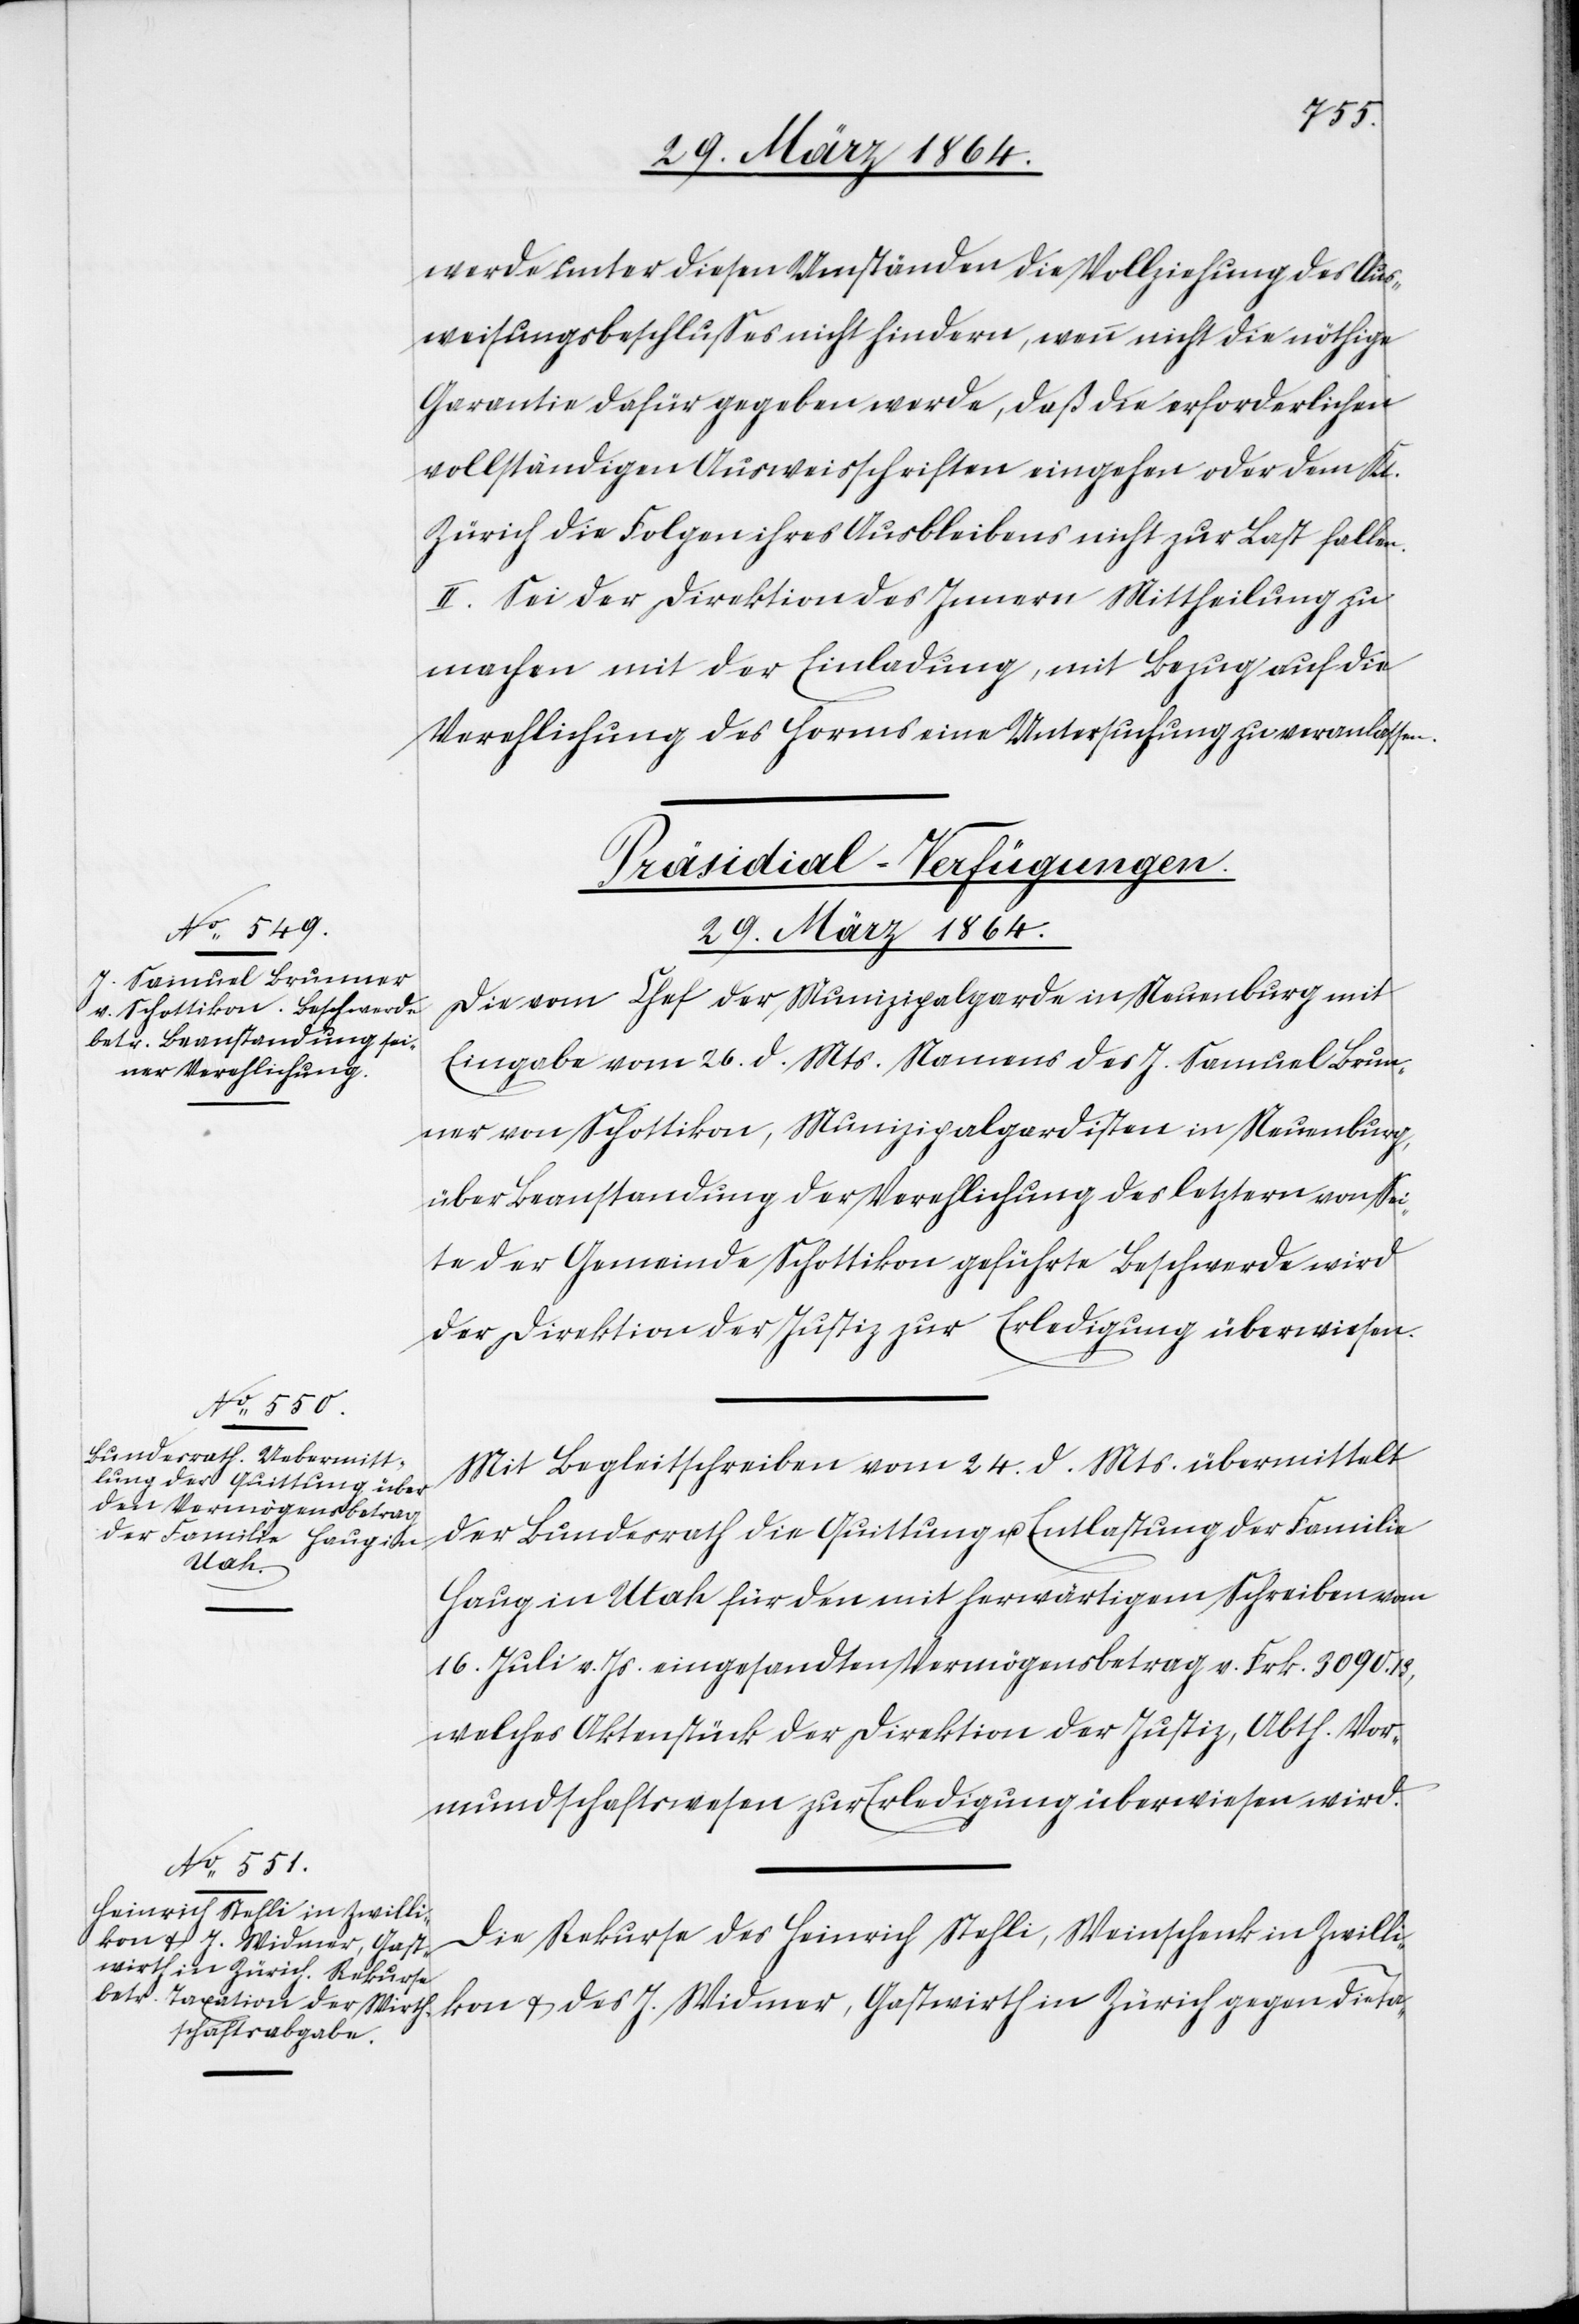
werde unter diesen Umständen die Vollziehung des Aus¬
weisungsbeschlusses nicht hindern, wenn nicht die nöthige
Garantie dafür gegeben werde, daß die erforderlichen
vollständigen Ausweisschriften eingehen oder dem Kt.
Zürich die Folgen ihres Ausbleibens nicht zur Last fallen.
II. Sei der Direktion des Innern Mittheilung zu
machen mit der Einladung, mit Bezug auf die
Verehelichung des Horms eine Untersuchung zu veranlassen.
[Präsidial-Verfügungen.
29. März 1864.]
Die vom Chef der Munizipalgarde in Neuenburg mit
Eingabe vom 26. d. Mts. Namens des J. Samuel Brun¬
ner von Schottikon, Munizipalgardisten in Neuenburg,
über Beanstandung der Verehelichung des letztern von Se¬
ite der Gemeinde Schottikon geführte Beschwerde wird
der Direktion der Justiz zur Erledigung überwiesen.
Mit Begleitschreiben vom 24. d. Mts. übermittelt
der Bundesrath die Quittung u Entlastung der Familie
Haug in Utah für den mit herwärtigem Schreiben vom
16. Juli v. Js. eingesandten Vermögensbetrag v. Frk. 3090.13,
welches Aktenstück der Direktion der Justiz, Abth. Vor¬
mundschaftswesen zur Erledigung überwiesen wird.
Die Rekurse des Heinrich Stehli, Weinschenk in Zwilli¬
kon u. des J. Widmer, Gastwirth in Zürich gegen die Ta-